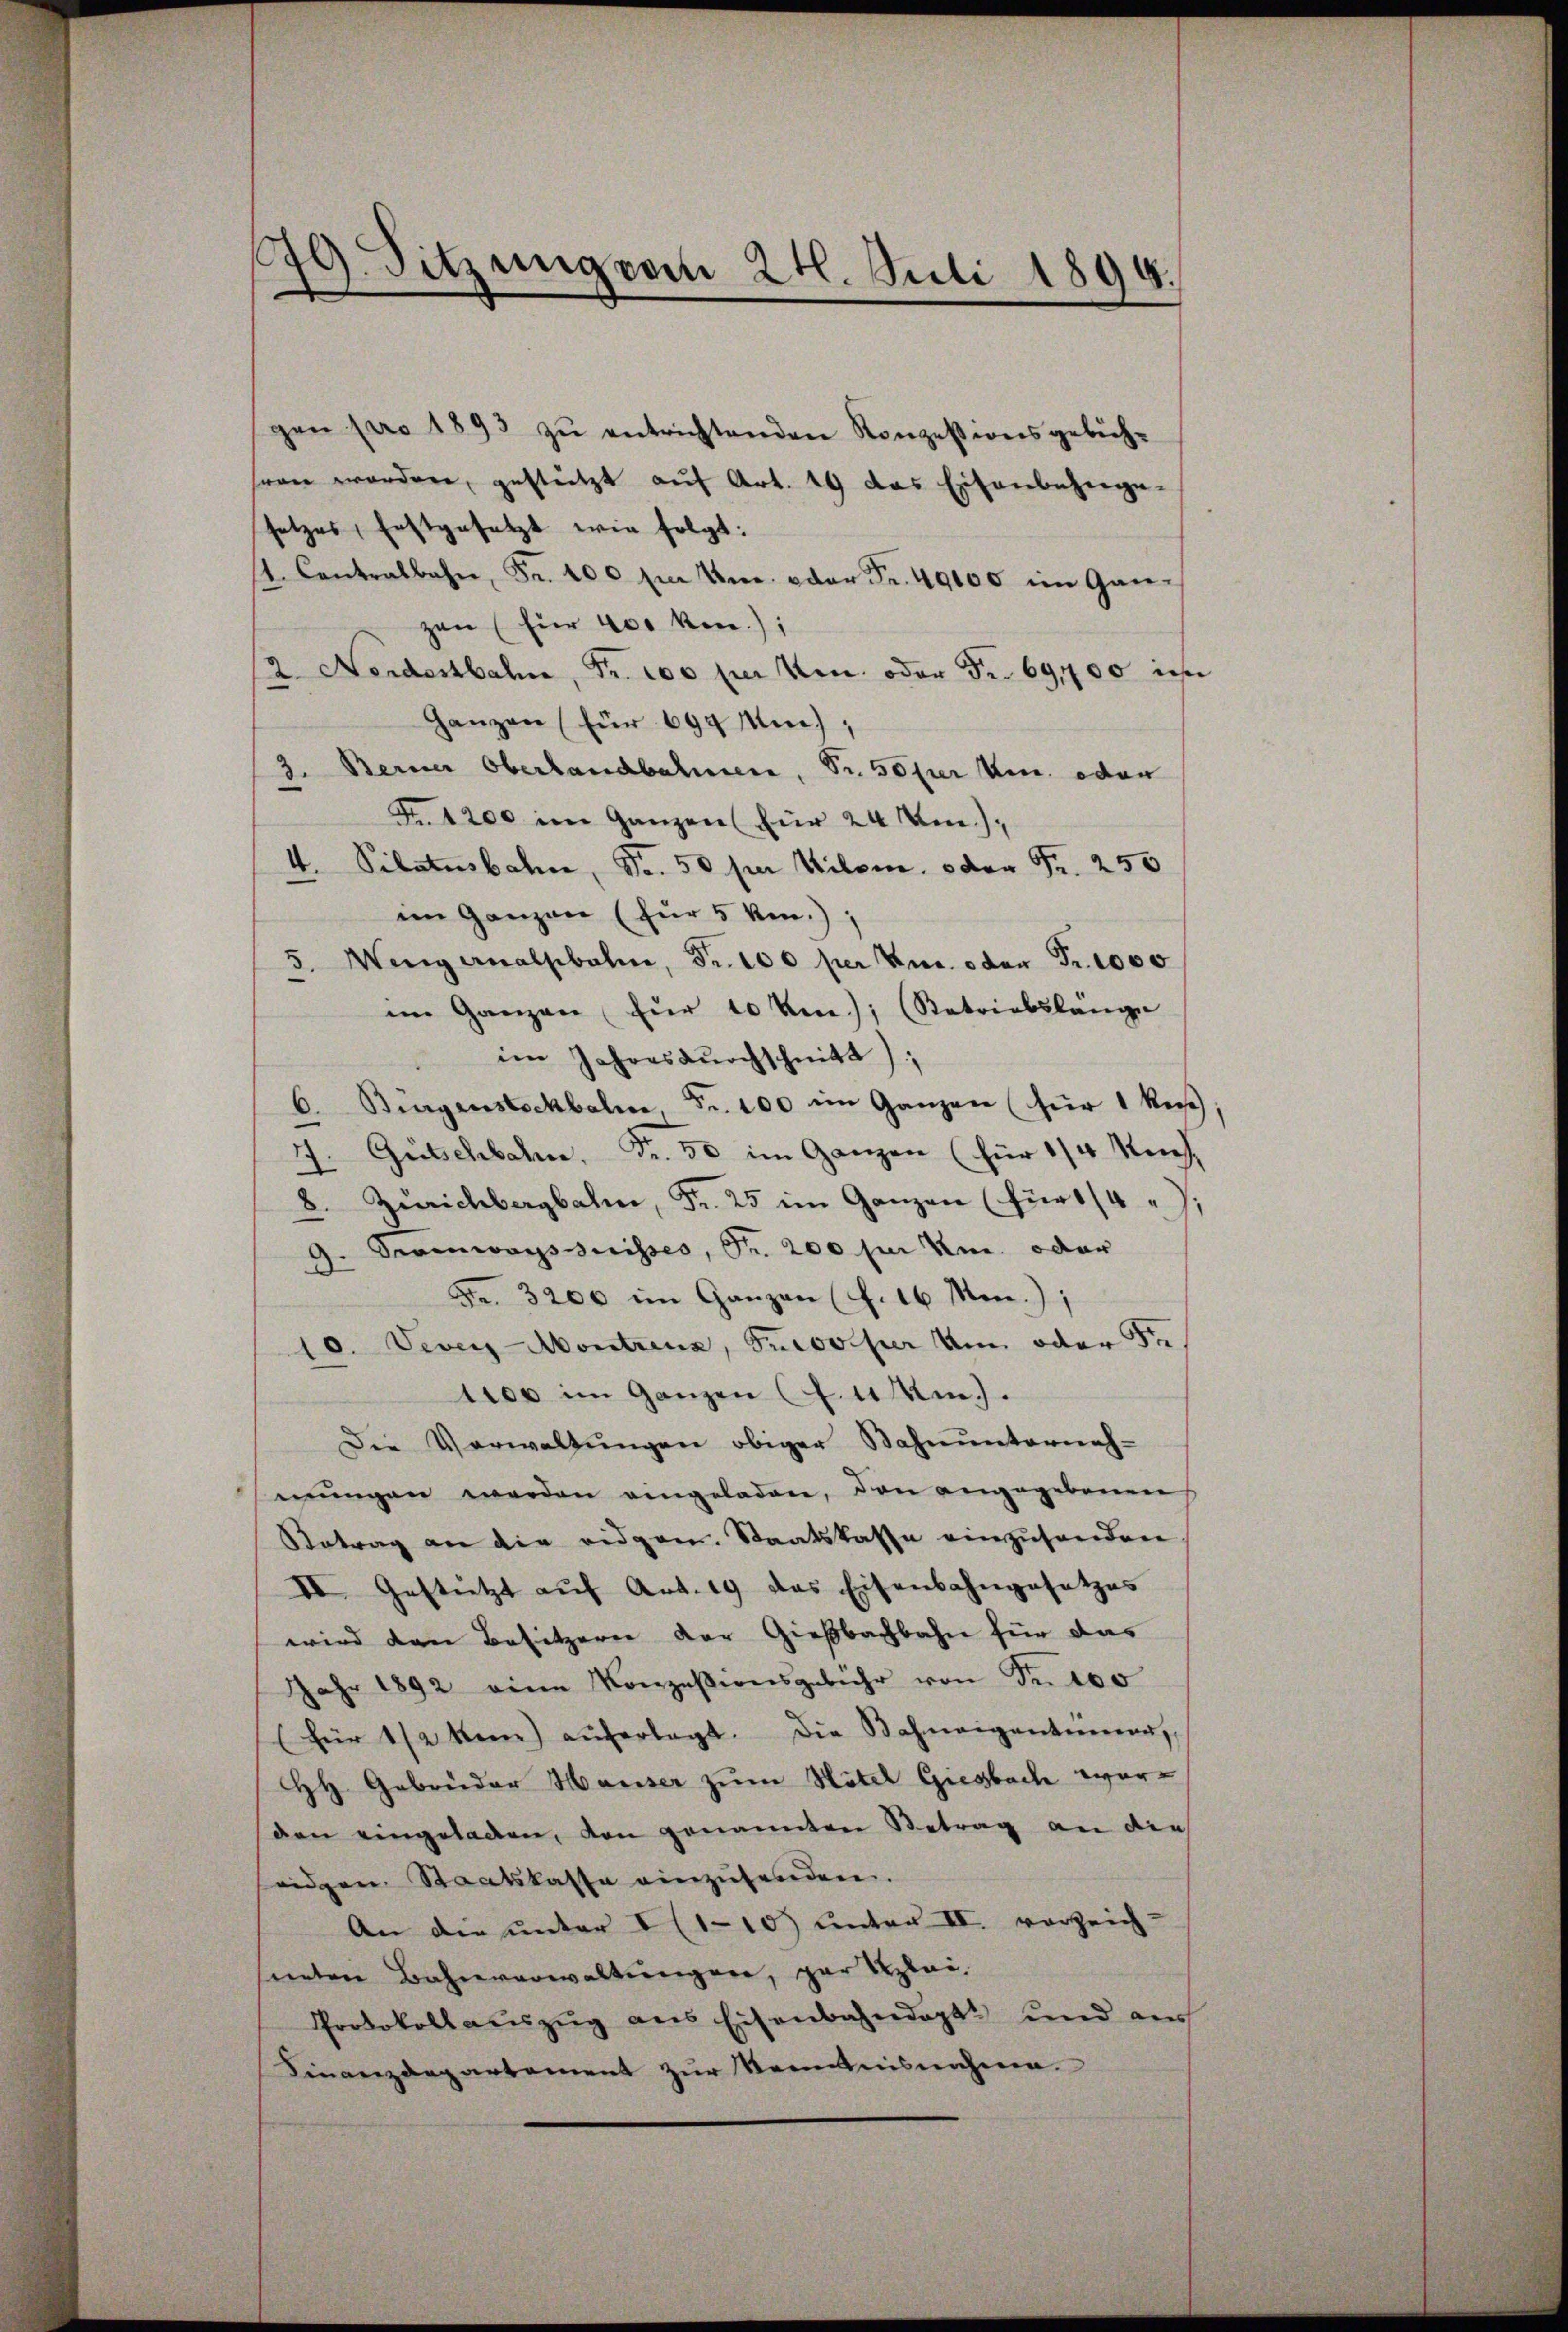
l Sitzung vom 24. Juli 1894.
¬

gen pro 1893 zŭ entrichtenden Konzessionsgebüh-
sern worden, gestützt auf Art. 49 das Eisenbeherge-
setzes, festgesetzt wie folgt:
st. Contralbahn, Fr. 400 fl Um. oder Fr. 49000 im Gan-
zen (für 400 ken);
2. Nordostbahn, Fr. 100 per Ven. oder Fr. 69,700 in
Ganzen (für 694 Mi);
Berner Oberlandbahnen, Sr. 50 per Ven. oder
3.
n
Fr. 1200 im Ganzen für 24 Am.),
4. Pilatusbahne, Fr. 50 per Kilom. oder Fr. 250
im Ganzen (für 5 kmn.);
5. Wengernalbahn, Fr. 100 per Kur. oder Fr. 1000
im Ganzen für 10 km.); (Retriebslange
im Jahres dŭrchschnitt);
Bürgensteckbalm, Fr. 100 im Ganzen (für 1 Re;
6.
Gütschbahn. Fr. 50 im Ganzen (für 1/4 Nach
8. Zürichbergbahn, Fr. 25 im Ganzen (für 1/4 ;
9. Segenwagsgerisses, Fr. 200 für Um. oder
Fr. 3200 im Ganzen (S. 16 Mon.);
10. Vevey-Montrenz, Proviser den oder Ste
1100 im Ganzen (S. 11 m.).
Die Verwaltungen obiger Bahnunterneh-
mungen werden eingeladen, den angegebenen
Betrag an die eidgen. Staatskasse einzusenden
II. Gestützt aŭf Art. 19 des Eisenbahngesetzes
wird den Besitzern der Gießbachbahn für das
Jahr 1892 eine Konzessionsgebühr von S. 100
(für 1/2 kam aŭferlegt. Die Bahnaigentümern
HH Gebrüder Hauser zum Hotel Giesbach worden eingeladen, den genannten Betrag an die
eidgen. Staatskasse einzuforden.
An die unter I (1-10) unter II. vorzeich-
neten Bahnverwaltungen, par Klei¬
Protokollaŭszŭg ans Eisenbahndept. und aus
Finanzdepartement zur Kenntnisnahme.